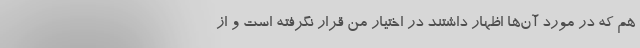
هم که در مورد آن‌ها اظهار داشتند در اختیار من قرار نگرفته است و از